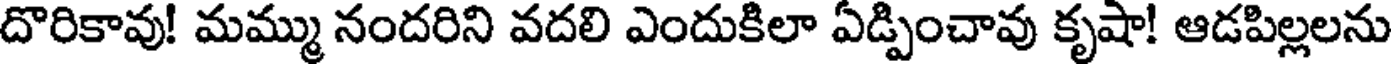
దొరికావు! మమ్ము నందరిని వదలి ఎందుకిలా ఏడ్పించావు కృషా! ఆడపిల్లలను